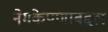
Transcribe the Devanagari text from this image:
नेमकेपणाबद्दल